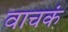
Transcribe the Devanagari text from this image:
वाचकं